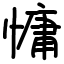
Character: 慵